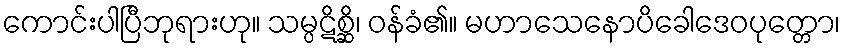
ကောင်းပါပြီဘုရားဟု။ သမ္ပဋိစ္ဆိ၊ ဝန်ခံ၏။ မဟာသေနောပိခေါဒေဝပုတ္တော၊